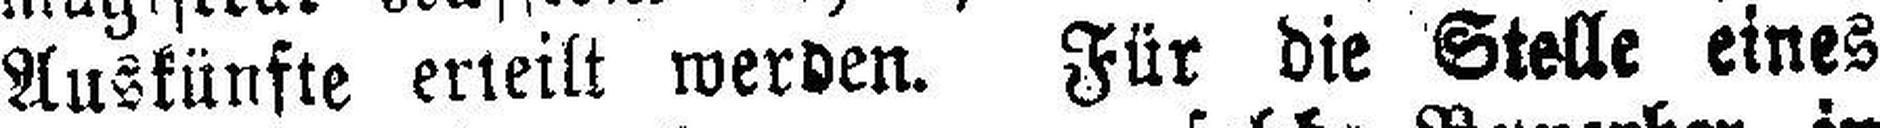
Auskünfte erteilt werden. Für die Stelle eines